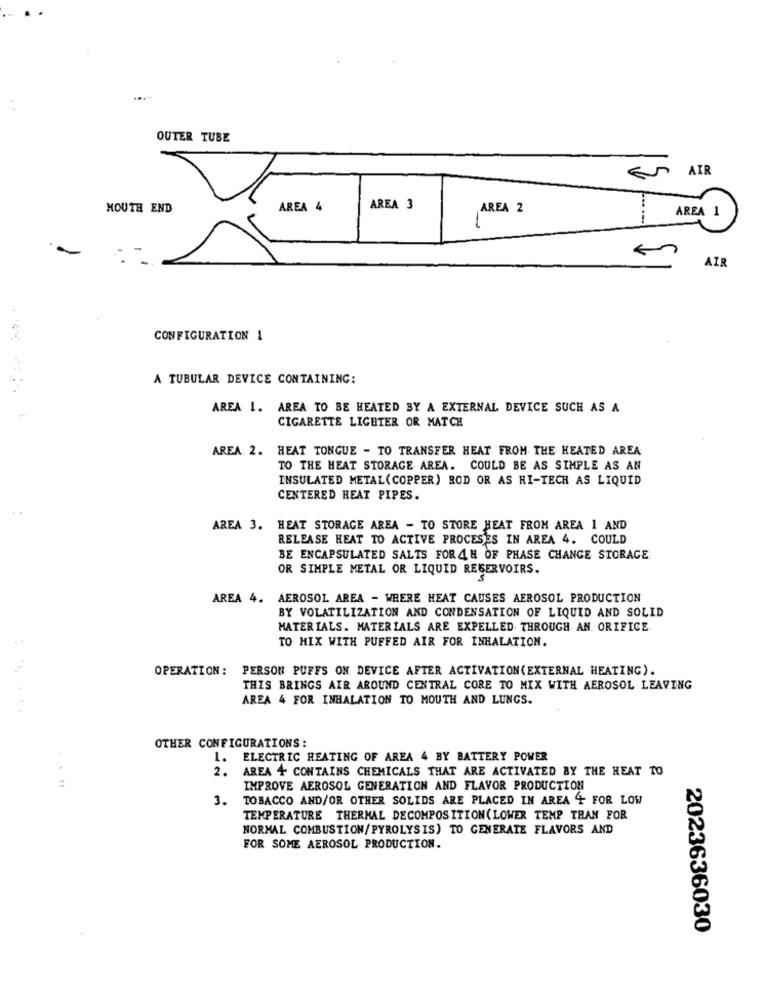
.....
OUTER TUBE
AIR
MOUTH END
AREA 4
AREA 3
AREA 2
AREA 1
AIR
CONFIGURATION 1
A TUBULAR DEVICE CONTAINING:
AREA 1. AREA TO BE HEATED BY A EXTERNAL DEVICE SUCH AS A
CIGARETTE LIGHTER OR MATCH
AREA 2. HEAT TONGUE - TO TRANSFER HEAT FROM THE HEATED AREA
TO THE HEAT STORAGE AREA. COULD BE AS SIMPLE AS AN
INSULATED METAL(COPPER) ROD OR AS HI-TECH AS LIQUID
CENTERED HEAT PIPES.
AREA 3. HEAT STORAGE AREA - TO STORE HEAT FROM AREA 1 AND
RELEASE HEAT TO ACTIVE PROCESES IN AREA 4. COULD
BE ENCAPSULATED SALTS FOR 4 H OF PHASE CHANGE STORAGE
OR SIMPLE METAL OR LIQUID RESERVOIRS.
AREA 4. AEROSOL AREA - WHERE HEAT CAUSES AEROSOL PRODUCTION
BY VOLATILIZATION AND CONDENSATION OF LIQUID AND SOLID
MATERIALS. MATERIALS ARE EXPELLED. THROUGH AN. ORIFICE
TO MIX WITH PUFFED AIR FOR INHALATION.
OPERATION: PERSON PUFFS ON DEVICE AFTER ACTIVATION(EXTERNAL HEATING).
THIS BRINGS AIR AROUND CENTRAL CORE TO MIX WITH AEROSOL LEAVING
AREA 4 FOR INHALATION TO MOUTH AND LUNGS.
OTHER CONFIGURATIONS:
1.
ELECTRIC HEATING OF AREA 4 BY BATTERY POWER
2.
AREA + CONTAINS CHEMICALS THAT ARE ACTIVATED BY THE HEAT TO
IMPROVE AEROSOL GENERATION AND FLAVOR PRODUCTION
3.
TOBACCO AND/OR OTHER SOLIDS ARE PLACED IN AREA + FOR LOW
TEMPERATURE THERMAL DECOMPOSITION( LOWER TEMP TRAN FOR
NORMAL COMBUSTION/PYROLYSIS) TO GENERATE FLAVORS AND
FOR SOME AEROSOL PRODUCTION.
2023636030